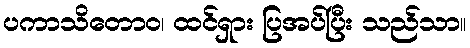
ပကာသိတောဝ၊ ထင်ရှား ပြအပ်ပြီး သည်သာ။